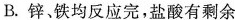
B.锌铁均反应完，盐酸有剩余